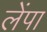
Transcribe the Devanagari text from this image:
लेंपा